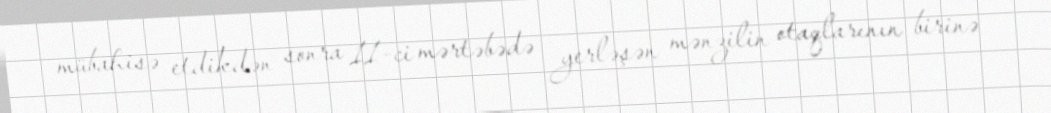
mübahisə etdikdən sonra 11-ci mərtəbədə yerləşən mənzilin otaqlarının birinə